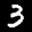
Label: 3